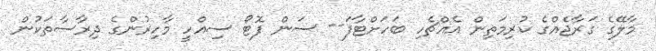
މާލޭގެ ގަރާޖެއްގެ ކުރިމަތިން އެއްޗެހި ބަހަށްޓާފަ-- ސަން ފޮޓޯ ސިއްހީ މާހިރުންގެ ދިރާސާތަކުން